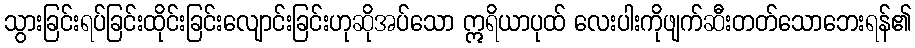
သွားခြင်းရပ်ခြင်းထိုင်းခြင်းလျောင်းခြင်းဟုဆိုအပ်သော ဣရိယာပုထ် လေးပါးကိုဖျက်ဆီးတတ်သောဘေးရန်၏